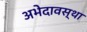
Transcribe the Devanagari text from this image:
अभेदावस्था